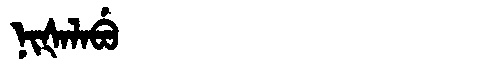
Manchu: ᠨᡳᡧᠠᠯᠠᠪᡠ
Romanization: NIŠALABU